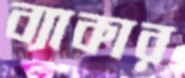
ব্যাকার